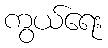
ကွယ်ရေး